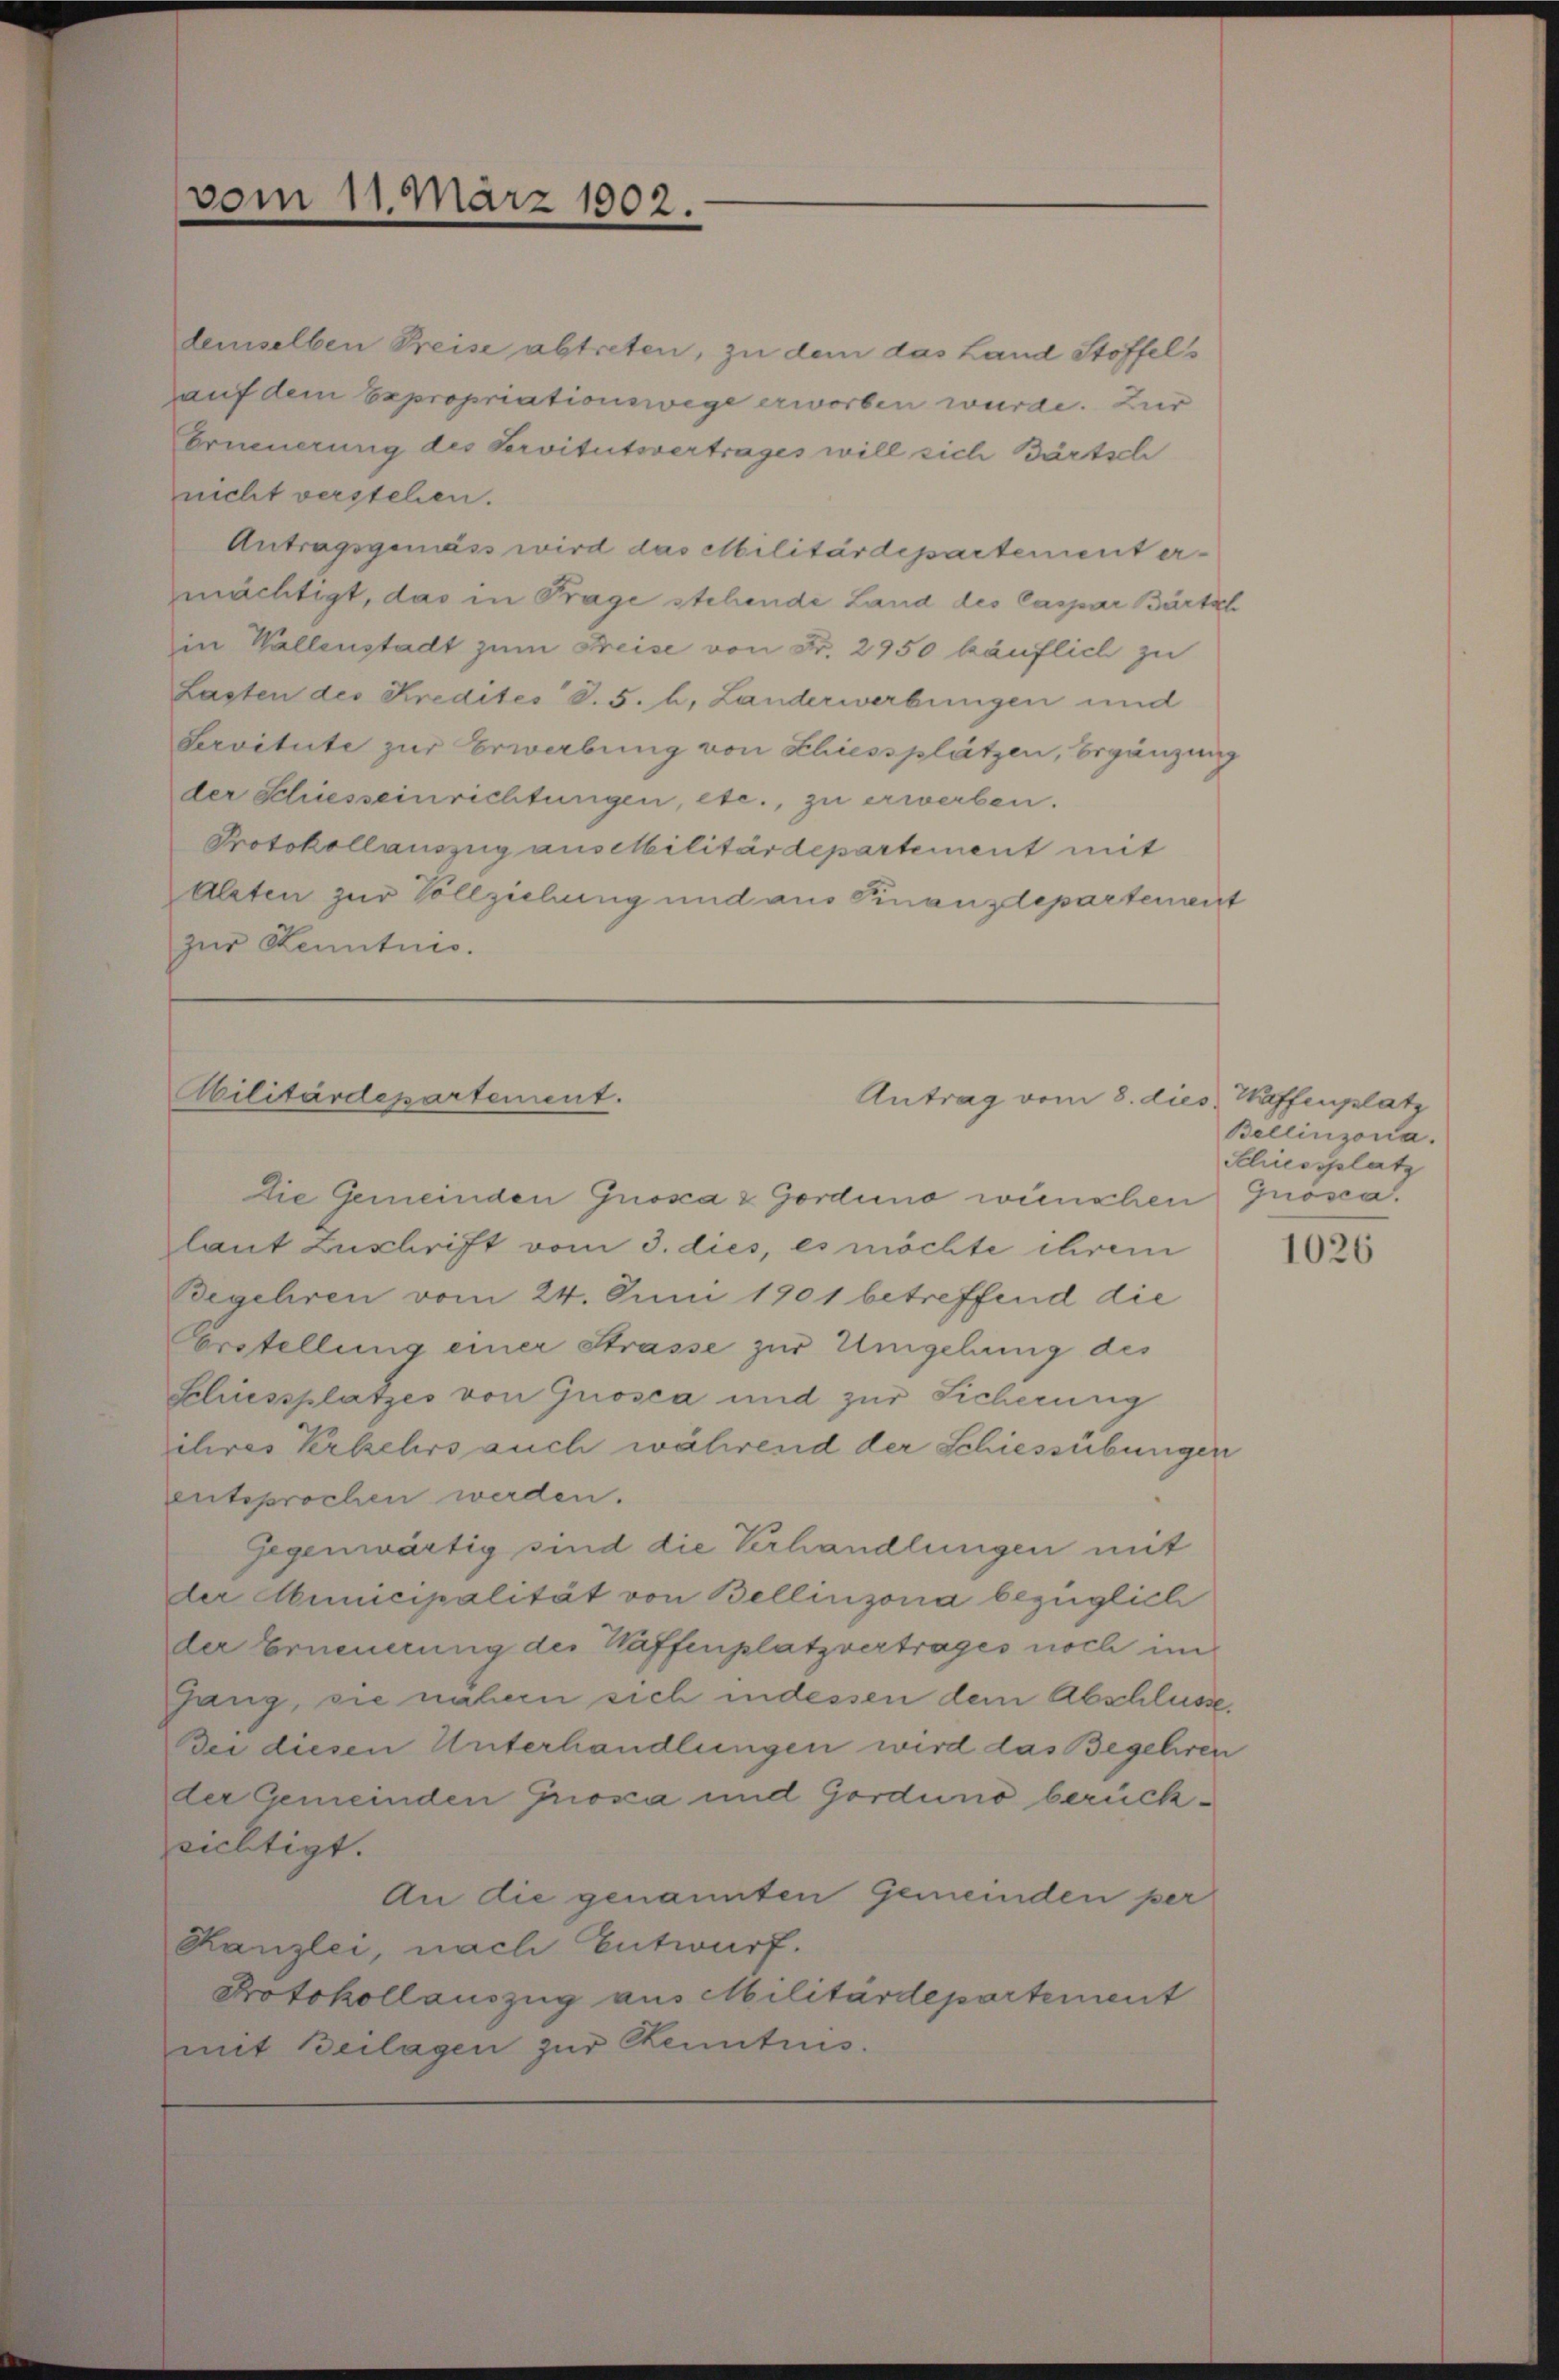
vom 11. März 1902.

demselben Preise abtreten, zu dem das Land Stoffels
auf dem Expropriationswege erworben wurde. Zur
Erneuerung des Servitutsvertrages will sich Bartsch
nicht verstehen.
Antragsgemäss wird das Militärdepartement ermächtigt, das in Frage stehende Land des Caspar Bartsch
in Wallenstadt zum Freise von Fr. 2950 käuflich zu
Lasten des Kredites S. 5. h. Landerwerbungen und
Servitute zur Erwerbung von Schiessplätzen, Ergänzung
der Schiesseinrichtungen, etc., zu erwerben.
Protokollauszug aus Militärdepartement mit
Aleten zur Vollziehung und aus Finanzdepartement
zur Kenntnis.

Abilitärdepartement.

die Gemeinden Grosca & Gorduno wünschen Grosca.
laut Zuschrift vom 3. dies, es möchte ihrem
degehren vom 24. Juni 1901 betreffend die
Erstellung einer Strasse zur Umgehung des
Scluessplatzes von Grosca und zur Sicherung
ihires Verkehrs auch während der Schiessübungen
entsprochen werden.
Gegenwärtig sind die Verhandlungen mit
der Municipalität von Bellinzona bezüglich
der Ernennung des Waffenplatzvertrages noch in
fang, sie nähern sich indessen dem Abschlusse
Dei diesen Unterhandlungen wird das Begehren
der Gemeinden Grioza und Gorduno berücksichtigt.
An die genannten Gemeinden per
Kanzlei, nach Entwurf.
Protokollauszug aus Militärdepartement
mit Beilagen zur Kenntnis.

Antrag vom 8. dies Waffenplatz

Bellinzona.
Sliessplatz

1026